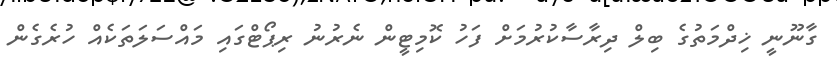
ގާނޫނީ ޚިދްމަތުގެ ބިލް ދިރާސާކުރުމަށް ފަހު ކޮމިޓީން ނެރުނު ރިޕޯޓްގައި މައްސަލަތަކެއް ހުރެގެން